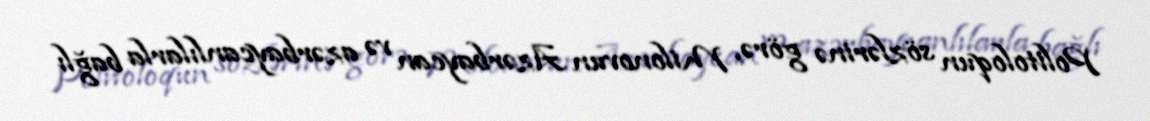
Politoloqun sözlərinə görə, Milonovun Azərbaycan və azərbaycanlılarla bağlı